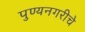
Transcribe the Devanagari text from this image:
पुण्यनगरीचे